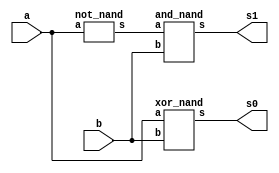
// ---------------------
// Guia 03_03 - Half Differ with NAND gate
// Nome: Alyson Deives
// ---------------------

// -------------------------------
// -- half differ with NAND gate
// -------------------------------

module halfdiffer_nand (s0, s1, a, b);
 output s0,s1;
 input  a, b;
 wire temp1;
 
  xor_nand XOR1 (s0,a,b);
  not_nand NOT1(temp1,a);
  and_nand AND1 (s1,temp1,b);

endmodule // halfdiffer_nand

// ---------------------
// -- xor with NAND gate
// ---------------------

module xor_nand (s, a, b);
 output s;
 input  a, b;
 wire temp1,temp2,temp3,temp4;
 
  nand NAND1 (temp1,b,b);
  nand NAND2 (temp3,a,a);
  nand NAND3 (temp2,a,temp1);
  nand NAND4 (temp4,b,temp3);
  nand NAND5 (s, temp2, temp4); 

endmodule // xor_nand

// ---------------------
// -- and with NAND gate
// ---------------------

module and_nand (s, a, b);
 output s;
 input  a, b;
 wire temp1;
 
  nand NAND1 (temp1,a,b);
  nand NAND2 (s,temp1,temp1);

endmodule // and_nand

// ---------------------
// -- not with NAND gate
// ---------------------

module not_nand (s, a);
 output s;
 input  a;
 
  nand NAND1 (s,a,a);
  
endmodule // not_nand


// ---------------------
// -- test halfdiffer_with_nand
// ---------------------

module testhalfdiffer_nand;
 reg   a,b;
 wire  s0,s1;
          
// instancia
 halfdiffer_nand HD1 (s0,s1,a,b);
 
 initial begin:start
      a=0; b=0;
 end
 
 // parte principal
 initial begin:main
      $display("Guia 03_03 - Alyson Deives - 416589");
      $display("HALF DIFFER com portas NAND\n");
		$display("\nA - B = S\n");
      $monitor("%b - %b = %b%b", a, b, s1,s0);
  #1  a=0; b=1;
  #1  a=1; b=0;
  #1  a=1; b=1;
  end

endmodule // testhalfdiffer_nand